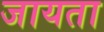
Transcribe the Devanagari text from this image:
जायता